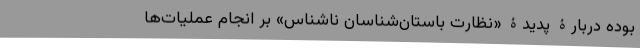
بوده دربارۀ پدیدۀ «نظارت باستان‌شناسان ناشناس» بر انجام عملیات‌ها